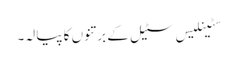
سٹینلیس سٹیل کے برتنوں کا پیالہ۔